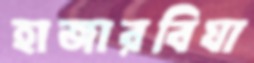
হাজারবিঘা